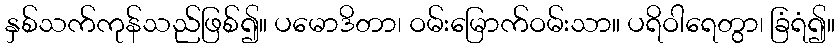
နှစ်သက်ကုန်သည်ဖြစ်၍။ ပမောဒိတာ၊ ဝမ်းမြောက်ဝမ်းသာ။ ပရိဝါရေတွာ၊ ခြံရံ၍။